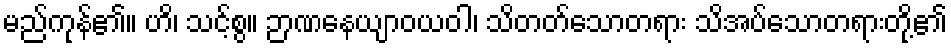
မည်ကုန်၏။ ဟိ၊ သင့်စွ။ ဉာဏနေယျာဝယဝါ၊ သိတတ်သောတရား သိအပ်သောတရားတို့၏